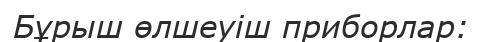
Бұрыш өлшеуіш приборлар: